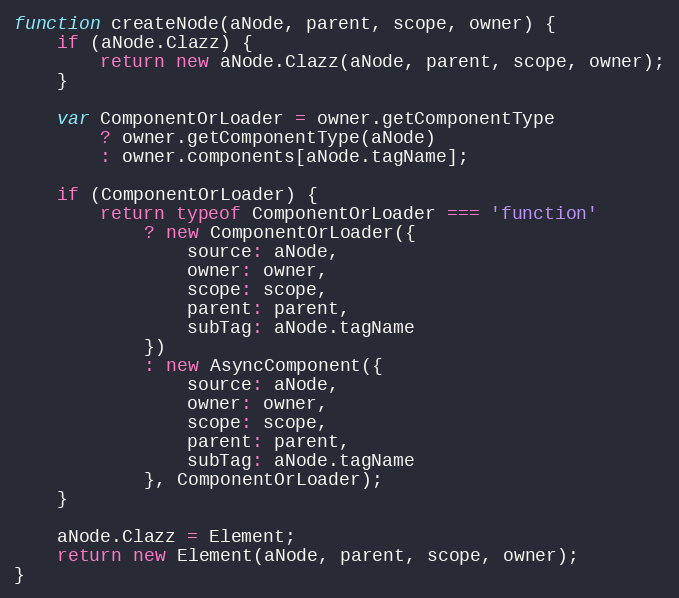
Language: JavaScript
function createNode(aNode, parent, scope, owner) {
    if (aNode.Clazz) {
        return new aNode.Clazz(aNode, parent, scope, owner);
    }

    var ComponentOrLoader = owner.getComponentType
        ? owner.getComponentType(aNode)
        : owner.components[aNode.tagName];

    if (ComponentOrLoader) {
        return typeof ComponentOrLoader === 'function'
            ? new ComponentOrLoader({
                source: aNode,
                owner: owner,
                scope: scope,
                parent: parent,
                subTag: aNode.tagName
            })
            : new AsyncComponent({
                source: aNode,
                owner: owner,
                scope: scope,
                parent: parent,
                subTag: aNode.tagName
            }, ComponentOrLoader);
    }

    aNode.Clazz = Element;
    return new Element(aNode, parent, scope, owner);
}